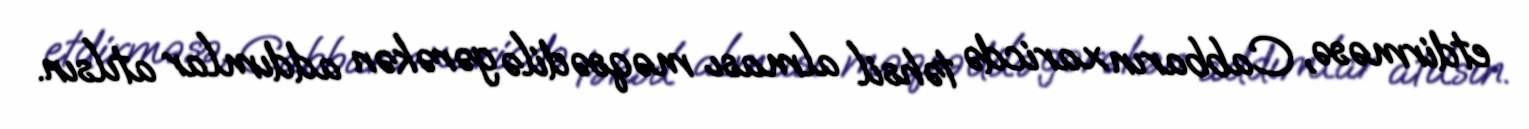
etdirməsə, Cabbarın xaricdə təhsil alması məqsədilə gərəkən addımlar atılsın.